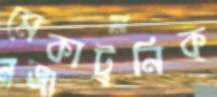
মেকাট্রনিক্